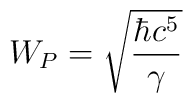
W_{P} = \sqrt{\frac{\hbar c^{5}}{\gamma}}